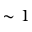
\sim 1